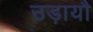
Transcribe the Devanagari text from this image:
उड़ायौ